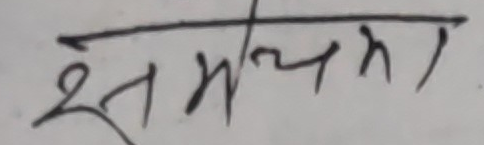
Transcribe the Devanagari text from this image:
क्षमता